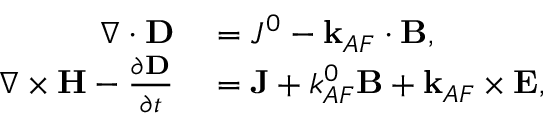
\begin{array} { r l } { \nabla \cdot \mathbf { D } } & { { } = J ^ { 0 } - \mathbf { k } _ { A F } \cdot \mathbf { B } , } \\ { \nabla \times \mathbf { H } - \frac { \partial \mathbf { D } } { \partial t } } & { { } = \mathbf { J } + k _ { A F } ^ { 0 } \mathbf { B } + \mathbf { k } _ { A F } \times \mathbf { E } , } \end{array}